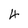
Character: 4